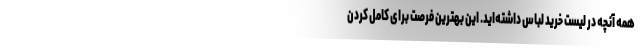
همه آنچه در لیست خرید لباس داشته‌اید. این بهترین فرصت برای کامل کردن